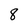
Character: 8